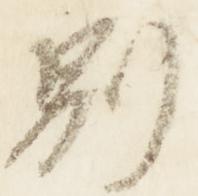
別